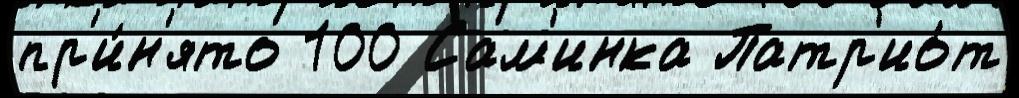
пр'и́н'ято 100 Сам'инка Патр'ио́т